Report of the Indian Hemp Drugs Commission, 1894-1895 - Volume VIII
Year: 1894
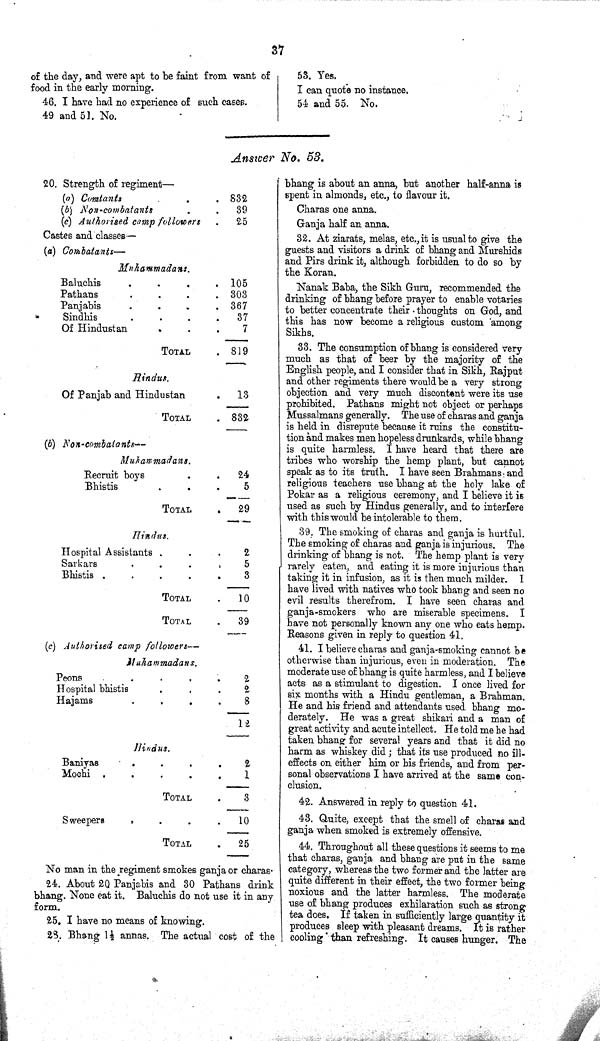
37
of the day, and were apt to be faint from want of
food in the early morning.
46. I have had no experience of such cases.
49 and 51. No.
53. Yes.
I can quote no instance.
54 and 55. No.
Answer No. 53.
20. Strength of regiment—
(a) Comtants
832
(b) Non-combatants
39
(c) Authorised camp followers
25
Castes and classes—
(a) Combatants—
Muhammadans.
Baluchis
105
Pathans
303
Panjabis
367
Sindhis
37
Of Hindustan
7
TOTAL
819
Hindus.
Of Panjab and Hindustan
13
TOTAL
832
(b) Non-combatants—
Muhammadans.
Recruit boys
24
Bhistis
5
TOTAL
29
Hindus.
Hospital Assistants
2
Sarkars
5
Bhistis
3
TOTAL
10
TOTAL
39
(c) Authorised camp followers—
Muhammadans.
Peons
2
Hospital bhistis
2
Hajams
8
12
Hindus.
Baniyas
2
Mochi
1
TOTAL
3
Sweepers
10
TOTAL
25
No man in the regiment smokes ganja or charas
24. About 20 Panjabis and 30 Pathans drink
bhang. None eat it. Baluchis do not use it in any
form.
25. I have no means of knowing.
23. Bhang 11/2 annas. The actual cost of the
bhang is about an anna, but another half-anna is
spent in almonds, etc., to flavour it.
Charas one anna.
Ganja half an anna.
32. At ziarats, melas, etc., it is usual to give the
guests and visitors a drink of bhang and Murshids
and Pirs drink it, although forbidden to do so by
the Koran.
Nanak Baba, the Sikh Guru, recommended the
drinking of bhang before prayer to enable votaries
to better concentrate their thoughts on God, and
this has now become a religious custom among
Sikhs.
33. The consumption of bhang is considered very
much as that of beer by the majority of the
English people, and I consider that in Sikh, Rajput
and other regiments there would be a very strong
objection and very much discontent were its use
prohibited. Pathans might not object or perhaps
Mussalmans generally. The use of charas and ganja
is held in disrepute because it ruins the constitu-
tion and makes men hopeless drunkards, while bhang
is quite harmless. I have heard that there are
tribes who worship the hemp plant, but cannot
speak as to its truth. I have seen Brahmans and
religious teachers use bhang at the holy lake of
Pokar as a religious ceremony, and I believe it is
used as such by Hindus generally, and to interfere
with this would be intolerable to them.
39. The smoking of charas and ganja is hurtful.
The smoking of charas and ganja is injurious. The
drinking of bhang is not. The hemp plant is very
rarely eaten, and eating it is more injurious than
taking it in infusion, as it is then much milder. I
have lived with natives who took bhang and seen no
evil results therefrom. I have seen charas and
ganja-smokers who are miserable specimens. I
have not personally known any one who eats hemp.
Reasons given in reply to question 41.
41. I believe charas and ganja-smoking cannot be
otherwise than injurious, even in moderation. The
moderate use of bhang is quite harmless, and I believe
acts as a stimulant to digestion. I once lived for
six months with a Hindu gentleman, a Brahman.
He and his friend and attendants used bhang mo-
derately. He was a great shikari and a man of
great activity and acute intellect. He told me he had
taken bhang for several years and that it did no
harm as whiskey did; that its use produced no ill-
effects on either him or his friends, and from per-
sonal observations I have arrived at the same con-
clusion.
42. Answered in reply to question 41.
43. Quite, except that the smell of charas and
ganja when smoked is extremely offensive.
44. Throughout all these questions it seems to me
that charas, ganja and bhang are put in the same
category, whereas the two former and the latter are
quite different in their effect, the two former being
noxious and the latter harmless. The moderate
use of bhang produces exhilaration such as strong
tea does. If taken in sufficiently large quantity it
produces sleep with pleasant dreams. It is rather
cooling than refreshing. It causes hunger. The